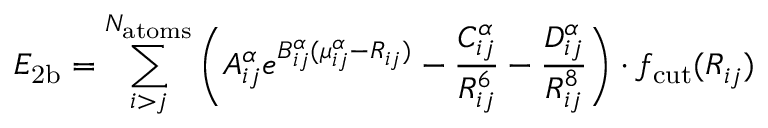
E _ { \mathrm { 2 b } } = \sum _ { i > j } ^ { N _ { \mathrm { a t o m s } } } \bigg ( A _ { i j } ^ { \alpha } e ^ { B _ { i j } ^ { \alpha } ( \mu _ { i j } ^ { \alpha } - R _ { i j } ) } - \frac { C _ { i j } ^ { \alpha } } { R _ { i j } ^ { 6 } } - \frac { D _ { i j } ^ { \alpha } } { R _ { i j } ^ { 8 } } \bigg ) \cdot f _ { \mathrm { c u t } } ( R _ { i j } )